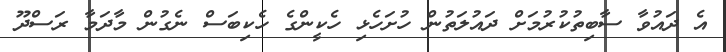
އެ ދައުވާ ސާބިތުކުރުމަށް ދައުލަތުން ހުށަހެޅި ހެކީންގެ ހެކިބަސް ނެގުން މާދަމާ ރަސްދޫ